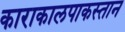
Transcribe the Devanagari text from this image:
काराकालपाकस्तान